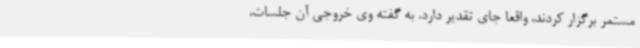
مستمر برگزار کردند، واقعا جای تقدیر دارد. به گفته وی خروجی آن جلسات،